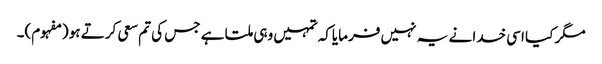
مگر کیا اسی خدا نے یہ نہیں فرمایاکہ تمہیں وہی ملتا ہے جس کی تم سعی کرتے ہو (مفہوم)۔